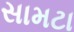
સામટા